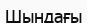
Шындағы